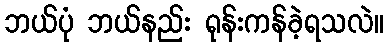
ဘယ်ပုံ ဘယ်နည်း ရုန်းကန်ခဲ့ရသလဲ။